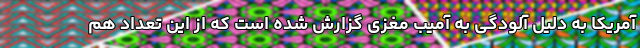
آمریکا به دلیل آلودگی به آمیب مغزی گزارش شده است که از این تعداد هم